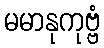
မမာနုကုဗ္ဗံ